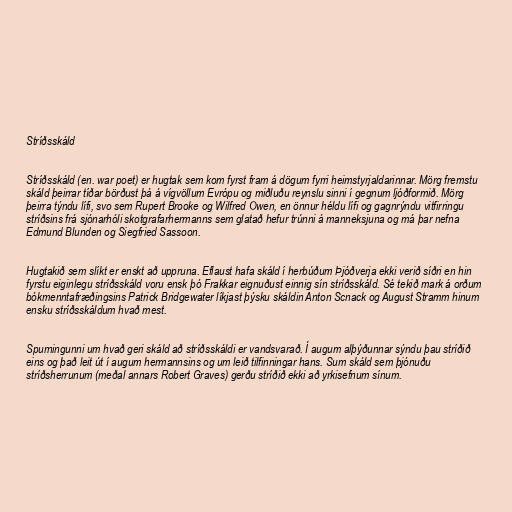
Stríðsskáld

Stríðsskáld (en. war poet) er hugtak sem kom fyrst fram á dögum fyrri heimstyrjaldarinnar. Mörg fremstu
skáld þeirrar tíðar börðust þá á vígvöllum Evrópu og miðluðu reynslu sinni í gegnum ljóðformið. Mörg
þeirra týndu lífi, svo sem Rupert Brooke og Wilfred Owen, en önnur héldu lífi og gagnrýndu vitfirringu
stríðsins frá sjónarhóli skotgrafarhermanns sem glatað hefur trúnni á manneksjuna og má þar nefna
Edmund Blunden og Siegfried Sassoon.

Hugtakið sem slíkt er enskt að uppruna. Eflaust hafa skáld í herbúðum Þjóðverja ekki verið síðri en hin
fyrstu eiginlegu stríðsskáld voru ensk þó Frakkar eignuðust einnig sín stríðsskáld. Sé tekið mark á orðum
bókmenntafræðingsins Patrick Bridgewater líkjast þýsku skáldin Anton Scnack og August Stramm hinum
ensku stríðsskáldum hvað mest.

Spurningunni um hvað geri skáld að stríðsskáldi er vandsvarað. Í augum alþýðunnar sýndu þau stríðið
eins og það leit út í augum hermannsins og um leið tilfinningar hans. Sum skáld sem þjónuðu
stríðsherrunum (meðal annars Robert Graves) gerðu stríðið ekki að yrkisefnum sínum.